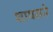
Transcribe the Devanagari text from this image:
शायराने